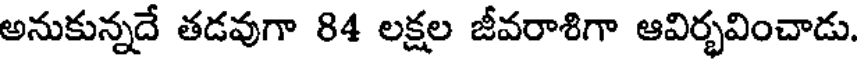
అనుకున్నదే తడవుగా 84 లక్షల జీవరాశిగా ఆవిర్భవించాడు.